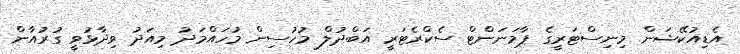
އެޑިއުކޭޝަން މިނިސްޓަރީގެ ޕާމަނަންޓް ސެކްރެޓަރީ އަބްދުލް މުހުސިން މުހައްމަދު މިއަދު ވިދާޅުވީ ގުރުއާން